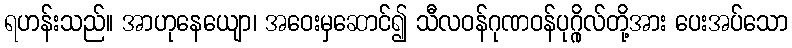
ရဟန်းသည်။ အာဟုနေယျော၊ အဝေးမှဆောင်၍ သီလဝန်ဂုဏဝန်ပုဂ္ဂိုလ်တို့အား ပေးအပ်သော